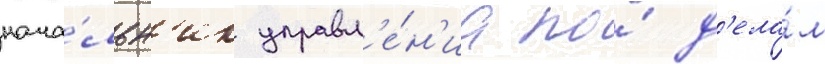
нача́льн'ик управл'е́н'иа по́ д'ела́м